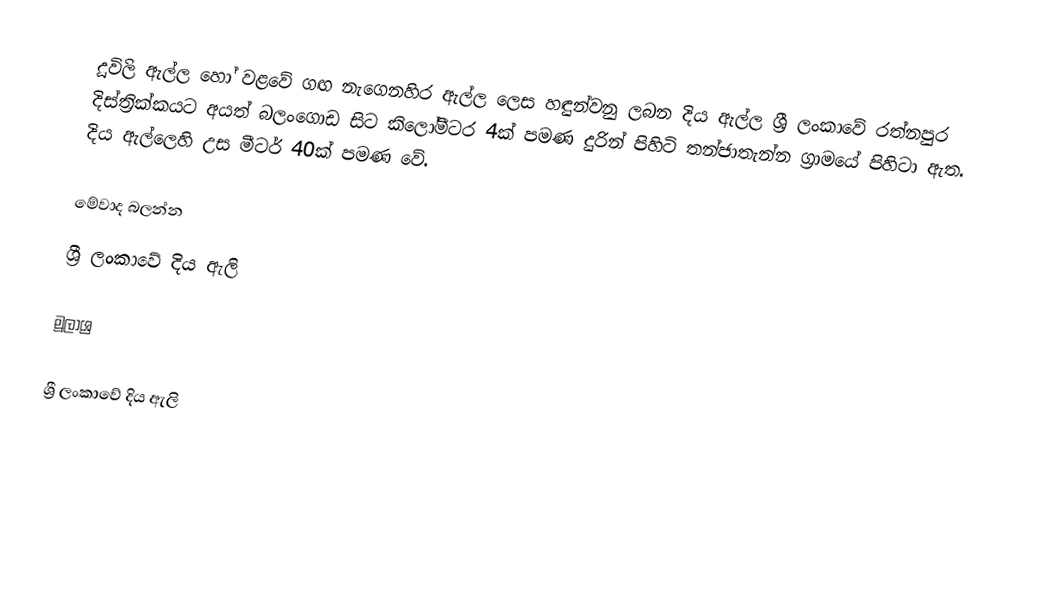
දූවිලි ඇල්ල හෝ වළවේ ගඟ නැගෙනහිර ඇල්ල ලෙස හඳුන්වනු ලබන දිය ඇල්ල ශ්‍රී ලංකාවේ රත්නපුර දිස්ත්‍රික්කයට අයත් බලංගොඩ සිට කිලෝමීටර 4ක් පමණ දුරින් පිහිටි තන්ජාතැන්න ග්‍රාමයේ පිහිටා ඇත. දිය ඇල්ලෙහි උස මීටර් 40ක් පමණ වේ.

මේවාද බලන්න
 ශ්‍රී ලංකාවේ දිය ඇලි

මූලාශ්‍ර

ශ්‍රී ලංකාවේ දිය ඇලි